画像に写った文字を読んでください
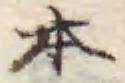
「本」と書いてあります